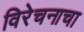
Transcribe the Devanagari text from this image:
विरेचनाचा